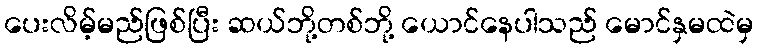
ပေးလိမ့်မည်ဖြစ်ပြီး ဆယ်ဘို့တစ်ဘို့ ယောင်နေပါသည် မောင်နှမထဲမှ